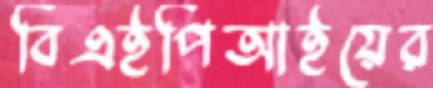
বিএইপিআইয়ের